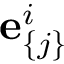
{ { \bf e } } _ { \{ j \} } ^ { i }